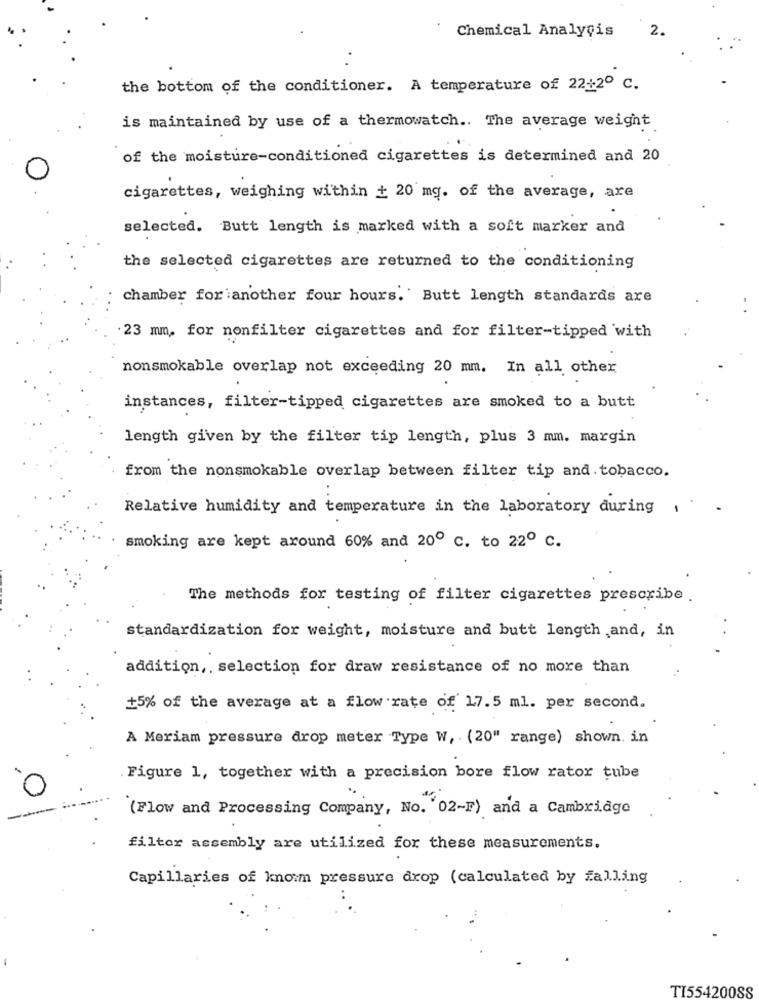
Chemical Analysis
2.
the bottom of the conditioner. A temperature of 22:2º c.
is maintained by use of a thermowatch .. The average weight
of the moisture-conditioned cigarettes is determined and 20
cigarettes, weighing within + 20 mg. of the average, are
selected. Butt length is marked with a soft marker and
the selected cigarettes are returned to the conditioning
chamber for another four hours.' Butt length standards are
23 mm. for nonfilter cigarettes and for filter-tipped with
nonsmokable overlap not exceeding 20 mm. In all other
instances, filter-tipped cigarettes are smoked to a butt
length given by the filter tip length, plus 3 mm. margin
from the nonsmokable overlap between filter tip and. tobacco.
Relative humidity and temperature in the laboratory during
smoking are kept around 60% and 20º c. to 22º c.
The methods for testing of filter cigarettes prescribe .
standardization for weight, moisture and butt length ,and, in
addition ,, selection for draw resistance of no more than
+5% of the average at a flow rate of 17.5 ml. per second.
A Meriam pressure drop meter Type W, (20" range) shown. in
Figure 1, together with a precision bore flow rator tube
(Flow and Processing Company, No. '02-F) and a Cambridge
filter assembly are utilized for these measurements.
Capillaries of knowm pressure drop (calculated by falling
TI55420088